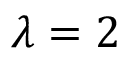
\lambda = 2